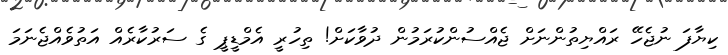
ކިޔާފަ ނުޖެހޭ ރައްޔިތުންނަށް ޖެއްސުންކުރަމުން ދުވާކަށް! ތިހުރީ އެމްޑީޕީ ގެ ސަރުކާރެއް އަތުވެއްޖެނަމަ